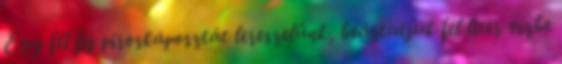
Egy fél fej piroskáposztát lereszelünk, beáztatjuk fél liter vízbe